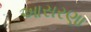
આસરણા